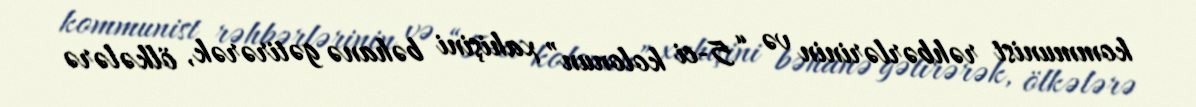
kommunist rəhbərlərinin və “5-ci kolonun” xahişini bəhanə gətirərək, ölkələrə